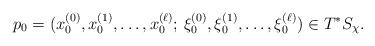
LaTeX: \begin{align*}p_0 =(x^{(0)}_0,x^{(1)}_0,\dots,x^{(\ell)}_0;\,\xi^{(0)}_0,\xi^{(1)}_0,\dots,\xi^{(\ell)}_0) \in T^*S_\chi.\end{align*}